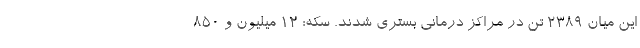
این میان ۲۳۸۹ تن در مراکز درمانی بستری شدند. سکه: ۱۲ میلیون و ۸۵۰